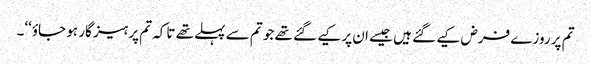
تم پر روزے فرض کیے گئے ہیں جیسے ان پر کیے گئے تھے جو تم سے پہلے تھے تاکہ تم پرہیز گار ہو جاؤ‘‘۔